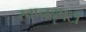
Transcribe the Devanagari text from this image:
स्वप्नदृषटा